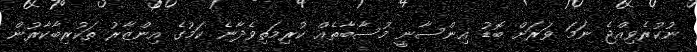
ނުކުރެވިއްޖެ ނަމަ ވަރަށް ބޮޑު އިންސާނީ މުސާބާތެއް ކުރިމަތިވެދާނެ ކަމުގެ އިންޒާރު ތަކުރިބާކާރުން